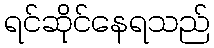
ရင်ဆိုင်နေရသည်